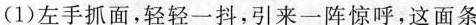
⑴左手抓面，轻轻一抖，引来一阵惊呼，这面条